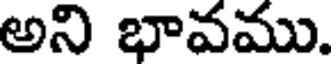
అని భావము.